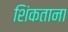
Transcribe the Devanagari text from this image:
शिंकताना